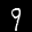
Label: 9